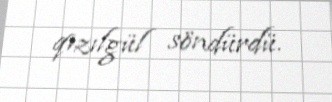
qızılgül söndürdü.